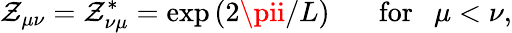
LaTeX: \mathcal{Z}_{\mu\nu}=\mathcal{Z}_{\nu\mu}^{*}=\exp\left(2\pii/L\right)\mathrm{{~~~~~~~for~~~}}\mu<\nu,